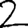
Digit: 2